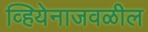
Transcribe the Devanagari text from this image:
व्हियेनाजवळील